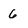
Character: 6